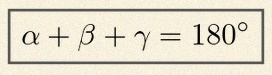
\alpha+\beta+\gamma=180^\circ